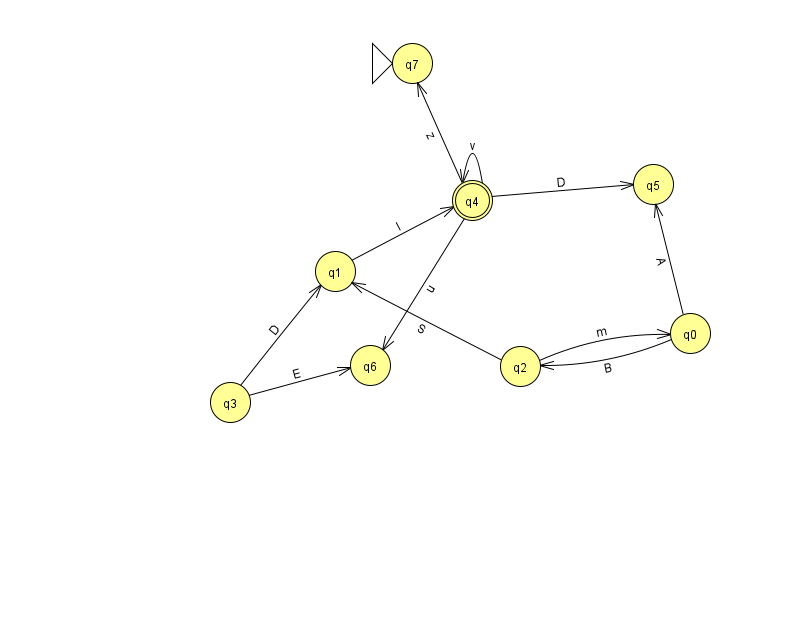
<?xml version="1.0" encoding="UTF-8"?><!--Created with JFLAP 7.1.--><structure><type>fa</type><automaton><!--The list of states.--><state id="0" name="q0"><x>690.0</x><y>320.0</y></state><state id="1" name="q1"><x>335.0</x><y>258.0</y></state><state id="2" name="q2"><x>520.0</x><y>353.0</y></state><state id="3" name="q3"><x>230.0</x><y>389.0</y></state><state id="4" name="q4"><x>472.0</x><y>187.0</y><final/></state><state id="5" name="q5"><x>653.0</x><y>171.0</y></state><state id="6" name="q6"><x>370.0</x><y>352.0</y></state><state id="7" name="q7"><x>412.0</x><y>50.0</y><initial/></state><!--The list of transitions.--><transition><from>3</from><to>1</to><read>D</read></transition><transition><from>4</from><to>7</to><read>z</read></transition><transition><from>3</from><to>6</to><read>E</read></transition><transition><from>2</from><to>0</to><read>m</read></transition><transition><from>4</from><to>4</to><read>v</read></transition><transition><from>4</from><to>6</to><read>u</read></transition><transition><from>0</from><to>5</to><read>A</read></transition><transition><from>4</from><to>5</to><read>D</read></transition><transition><from>0</from><to>2</to><read>B</read></transition><transition><from>2</from><to>1</to><read>S</read></transition><transition><from>1</from><to>4</to><read>l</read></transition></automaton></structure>